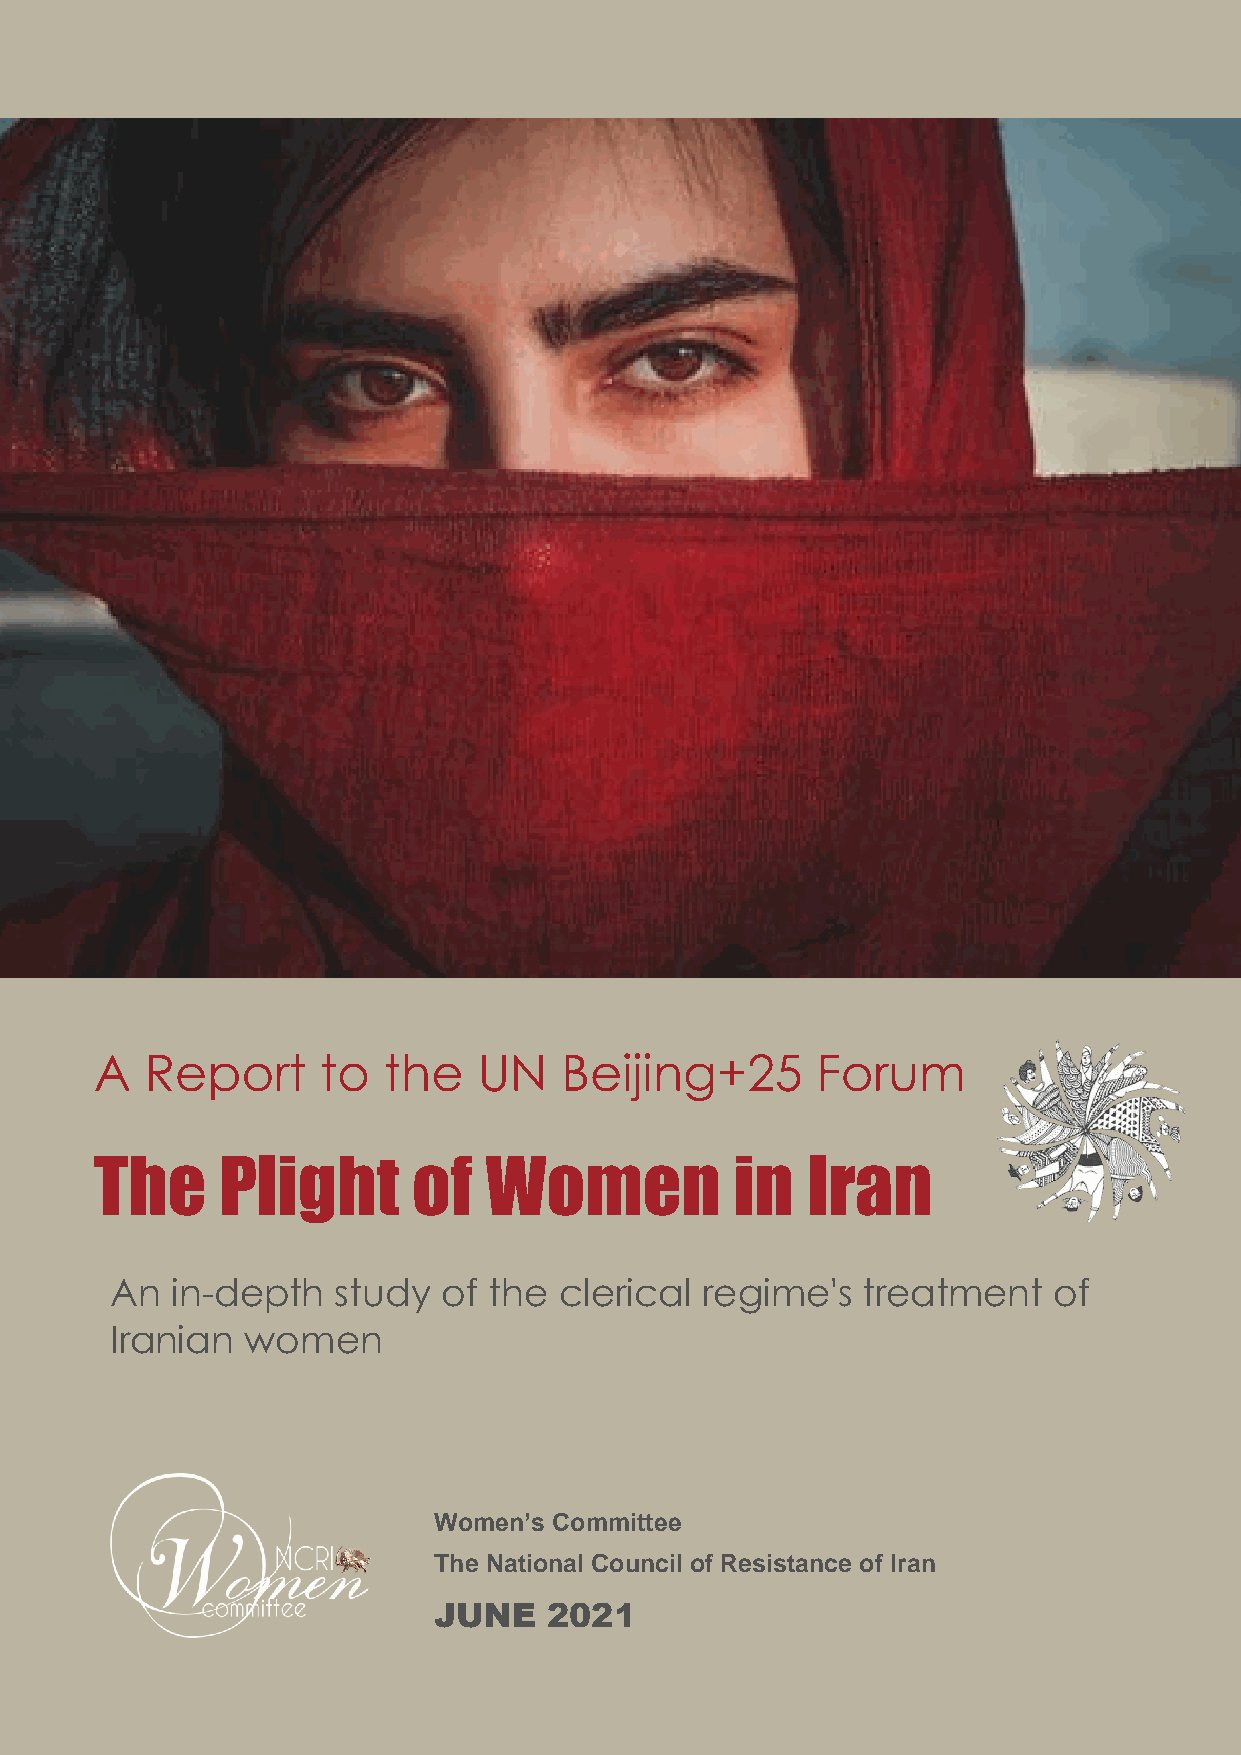
A   Report     to  the    UN   Beijing+25       Forum
 The      Plight      of   Women            in  Iran
 An  in-depth   study  of the  clerical regime's   treatment    of
 Iranian  women
 Women’s Committee
 The National Council of Resistance of Iran
 JUNE   2021